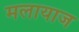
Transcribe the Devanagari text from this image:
मलायाज